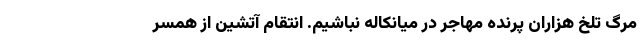
مرگ تلخ هزاران پرنده مهاجر در میانکاله نباشیم. انتقام آتشین از همسر